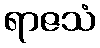
ရာဇသံ